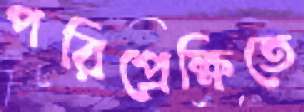
পরিপ্রেক্ষিতে